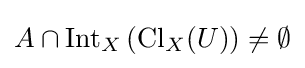
A\cap \operatorname {Int} _{X}\left(\operatorname {Cl} _{X}(U)\right)\neq \emptyset